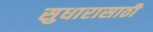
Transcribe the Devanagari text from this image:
सुधारासाठी